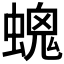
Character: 𧏩